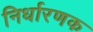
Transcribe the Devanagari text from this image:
निर्धारणक